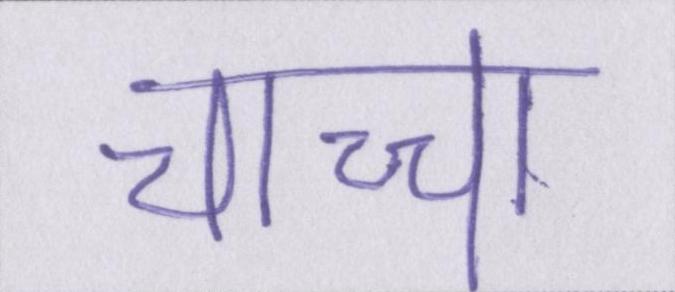
चाच्चा